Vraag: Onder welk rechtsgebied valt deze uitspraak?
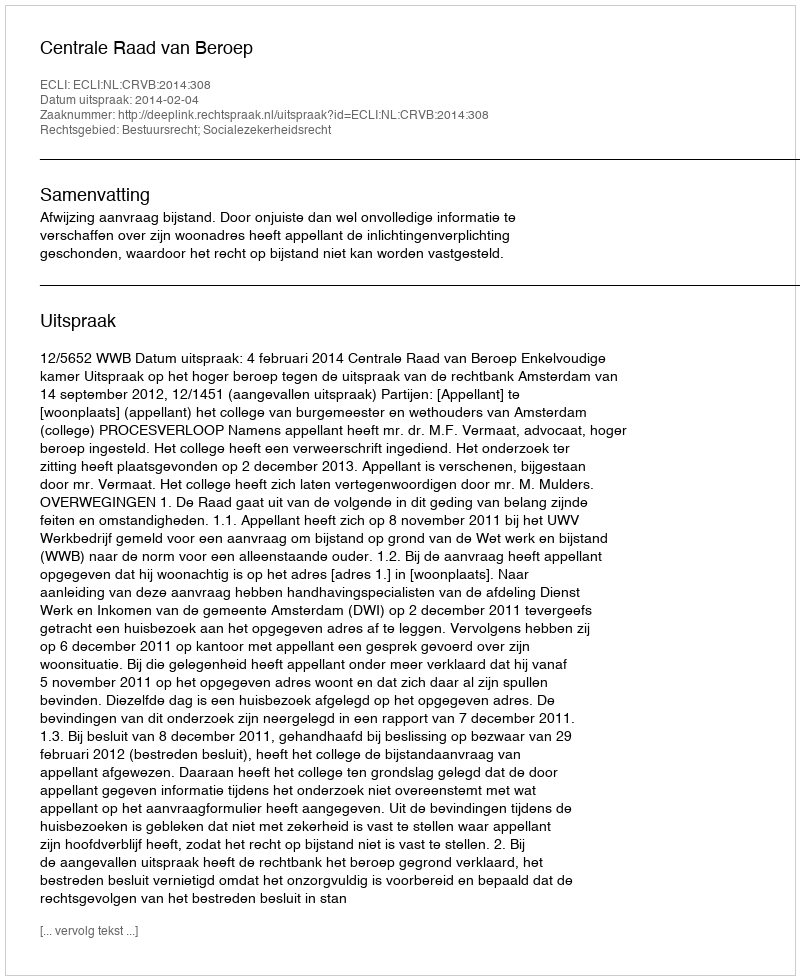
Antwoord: Bestuursrecht; Socialezekerheidsrecht